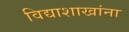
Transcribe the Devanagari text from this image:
विद्याशाखांना